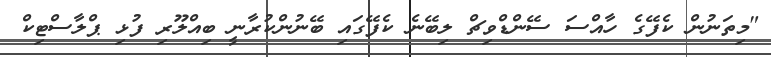
"މިތަނުން ކެފޭގެ ހާއްސަ ސޭންޑްވިޗް ލިބޭނެ ކެފޭގައި ބޭނުންކުރާނީ ބިއްލޫރި ފުޅި ޕްލާސްޓިކް